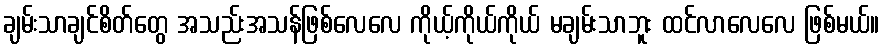
ချမ်းသာချင်စိတ်တွေ အသည်းအသန်ဖြစ်လေလေ ကိုယ့်ကိုယ်ကိုယ် မချမ်းသာဘူး ထင်လာလေလေ ဖြစ်မယ်။